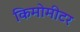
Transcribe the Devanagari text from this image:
किमोमीटर